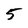
Character: 5